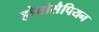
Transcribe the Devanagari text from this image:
होमोसैपियन